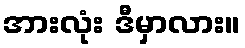
အားလုံး ဒီမှာလား။